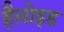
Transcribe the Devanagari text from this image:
हैलोइड